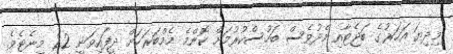
މިދިޔަ އަހަރުގެ ބަޖެޓާއި މެދުވެސް ބަހުސްކުރުމަށް ކޮންމެ މެމްބަރަކަށް ދީފައިވަނީ 22 މިނެޓެވެ.